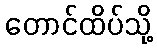
တောင်ထိပ်သို့